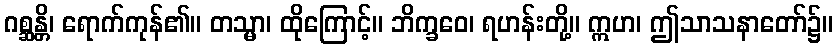
ဂစ္ဆန္တိ၊ ရောက်ကုန်၏။ တသ္မာ၊ ထိုကြောင့်။ ဘိက္ခဝေ၊ ရဟန်းတို့။ ဣဟ၊ ဤသာသနာတော်၌။